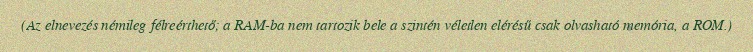
(Az elnevezés némileg félreérthető; a RAM-ba nem tartozik bele a szintén véletlen elérésű csak olvasható memória, a ROM.)